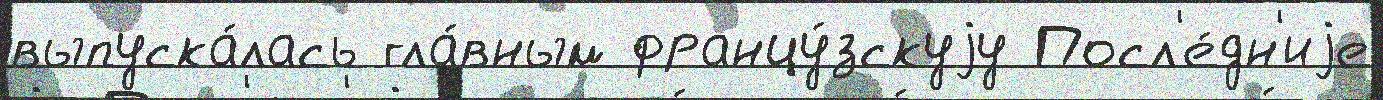
выпуска́лась гла́вным францу́зскуjу Посл'е́дн'иjе